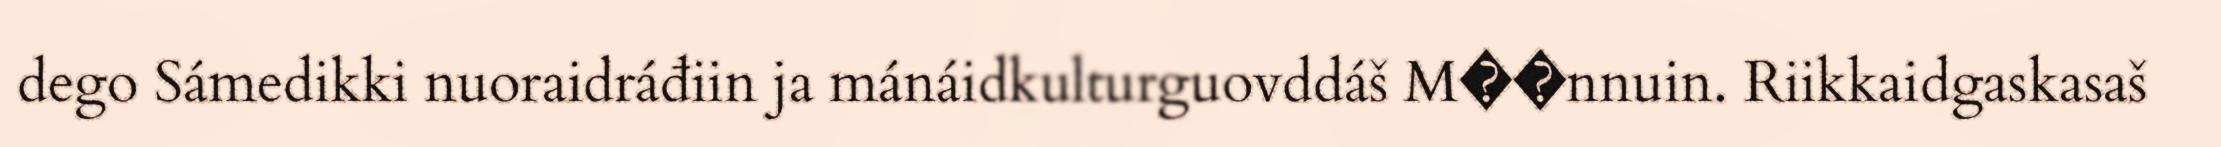
dego Sámedikki nuoraidráđiin ja mánáidkulturguovddáš M��nnuin. Riikkaidgaskasaš